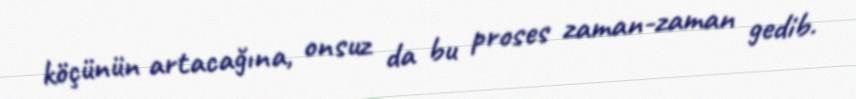
köçünün artacağına, onsuz da bu proses zaman-zaman gedib.